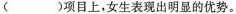
( )项目上，女生表现出明显的优势。